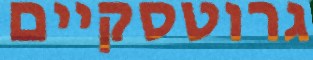
גרוטסקיים